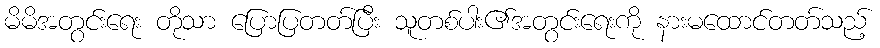
မိမိအတွင်းရေး တိုသာ ပြောပြတတ်ပြီး သူတစ်ပါး၏အတွင်းရေးကို နားမထောင်တတ်သည့်